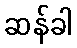
ဆန်ခါ